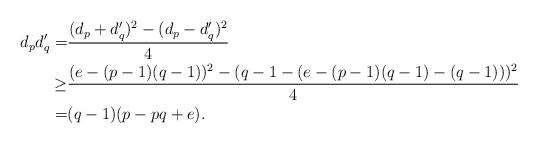
LaTeX: \begin{align*}d_{p}d'_{q}= &\frac{(d_p+d'_q)^2-(d_p-d'_q)^2}{4} \\ \geq &\frac{(e-(p-1)(q-1))^2-(q-1-(e-(p-1)(q-1)-(q-1)))^2}{4} \\ = &(q-1)(p-pq+e).\end{align*}